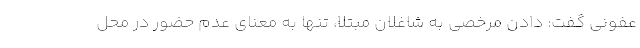
عفونی گفت: دادن مرخصی به شاغلان مبتلا، تنها به معنای عدم حضور در محل